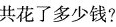
共花了多少钱?